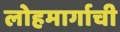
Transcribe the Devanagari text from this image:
लोहमार्गाची